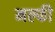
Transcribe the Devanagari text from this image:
मल्फी